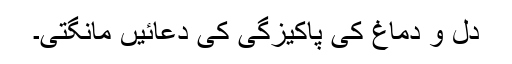
دل و دماغ کی پاکیزگی کی دعائیں مانگتی۔